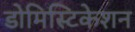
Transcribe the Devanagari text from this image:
डोमिस्टिकेशन